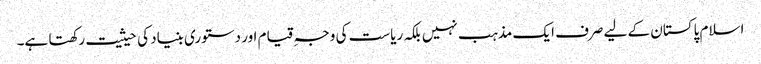
اسلام پاکستان کے لیے صرف ایک مذہب نہیں بلکہ ریاست کی وجہِ قیام اور دستوری بنیاد کی حیثیت رکھتا ہے۔